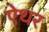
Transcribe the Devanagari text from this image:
ऐथर